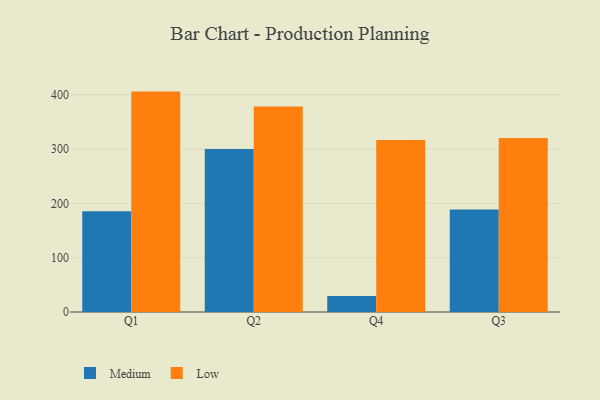
{"axis": {"x": "Quarter", "y": "Market Share (%)"}, "legend": ["Low", "Medium"], "data": [{"x": "Q1", "y": 185.5, "type": "Medium"}, {"x": "Q1", "y": 406.0, "type": "Low"}, {"x": "Q2", "y": 300.3, "type": "Medium"}, {"x": "Q2", "y": 378.5, "type": "Low"}, {"x": "Q4", "y": 29.3, "type": "Medium"}, {"x": "Q4", "y": 316.8, "type": "Low"}, {"x": "Q3", "y": 188.6, "type": "Medium"}, {"x": "Q3", "y": 320.4, "type": "Low"}]}